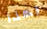
بهذا